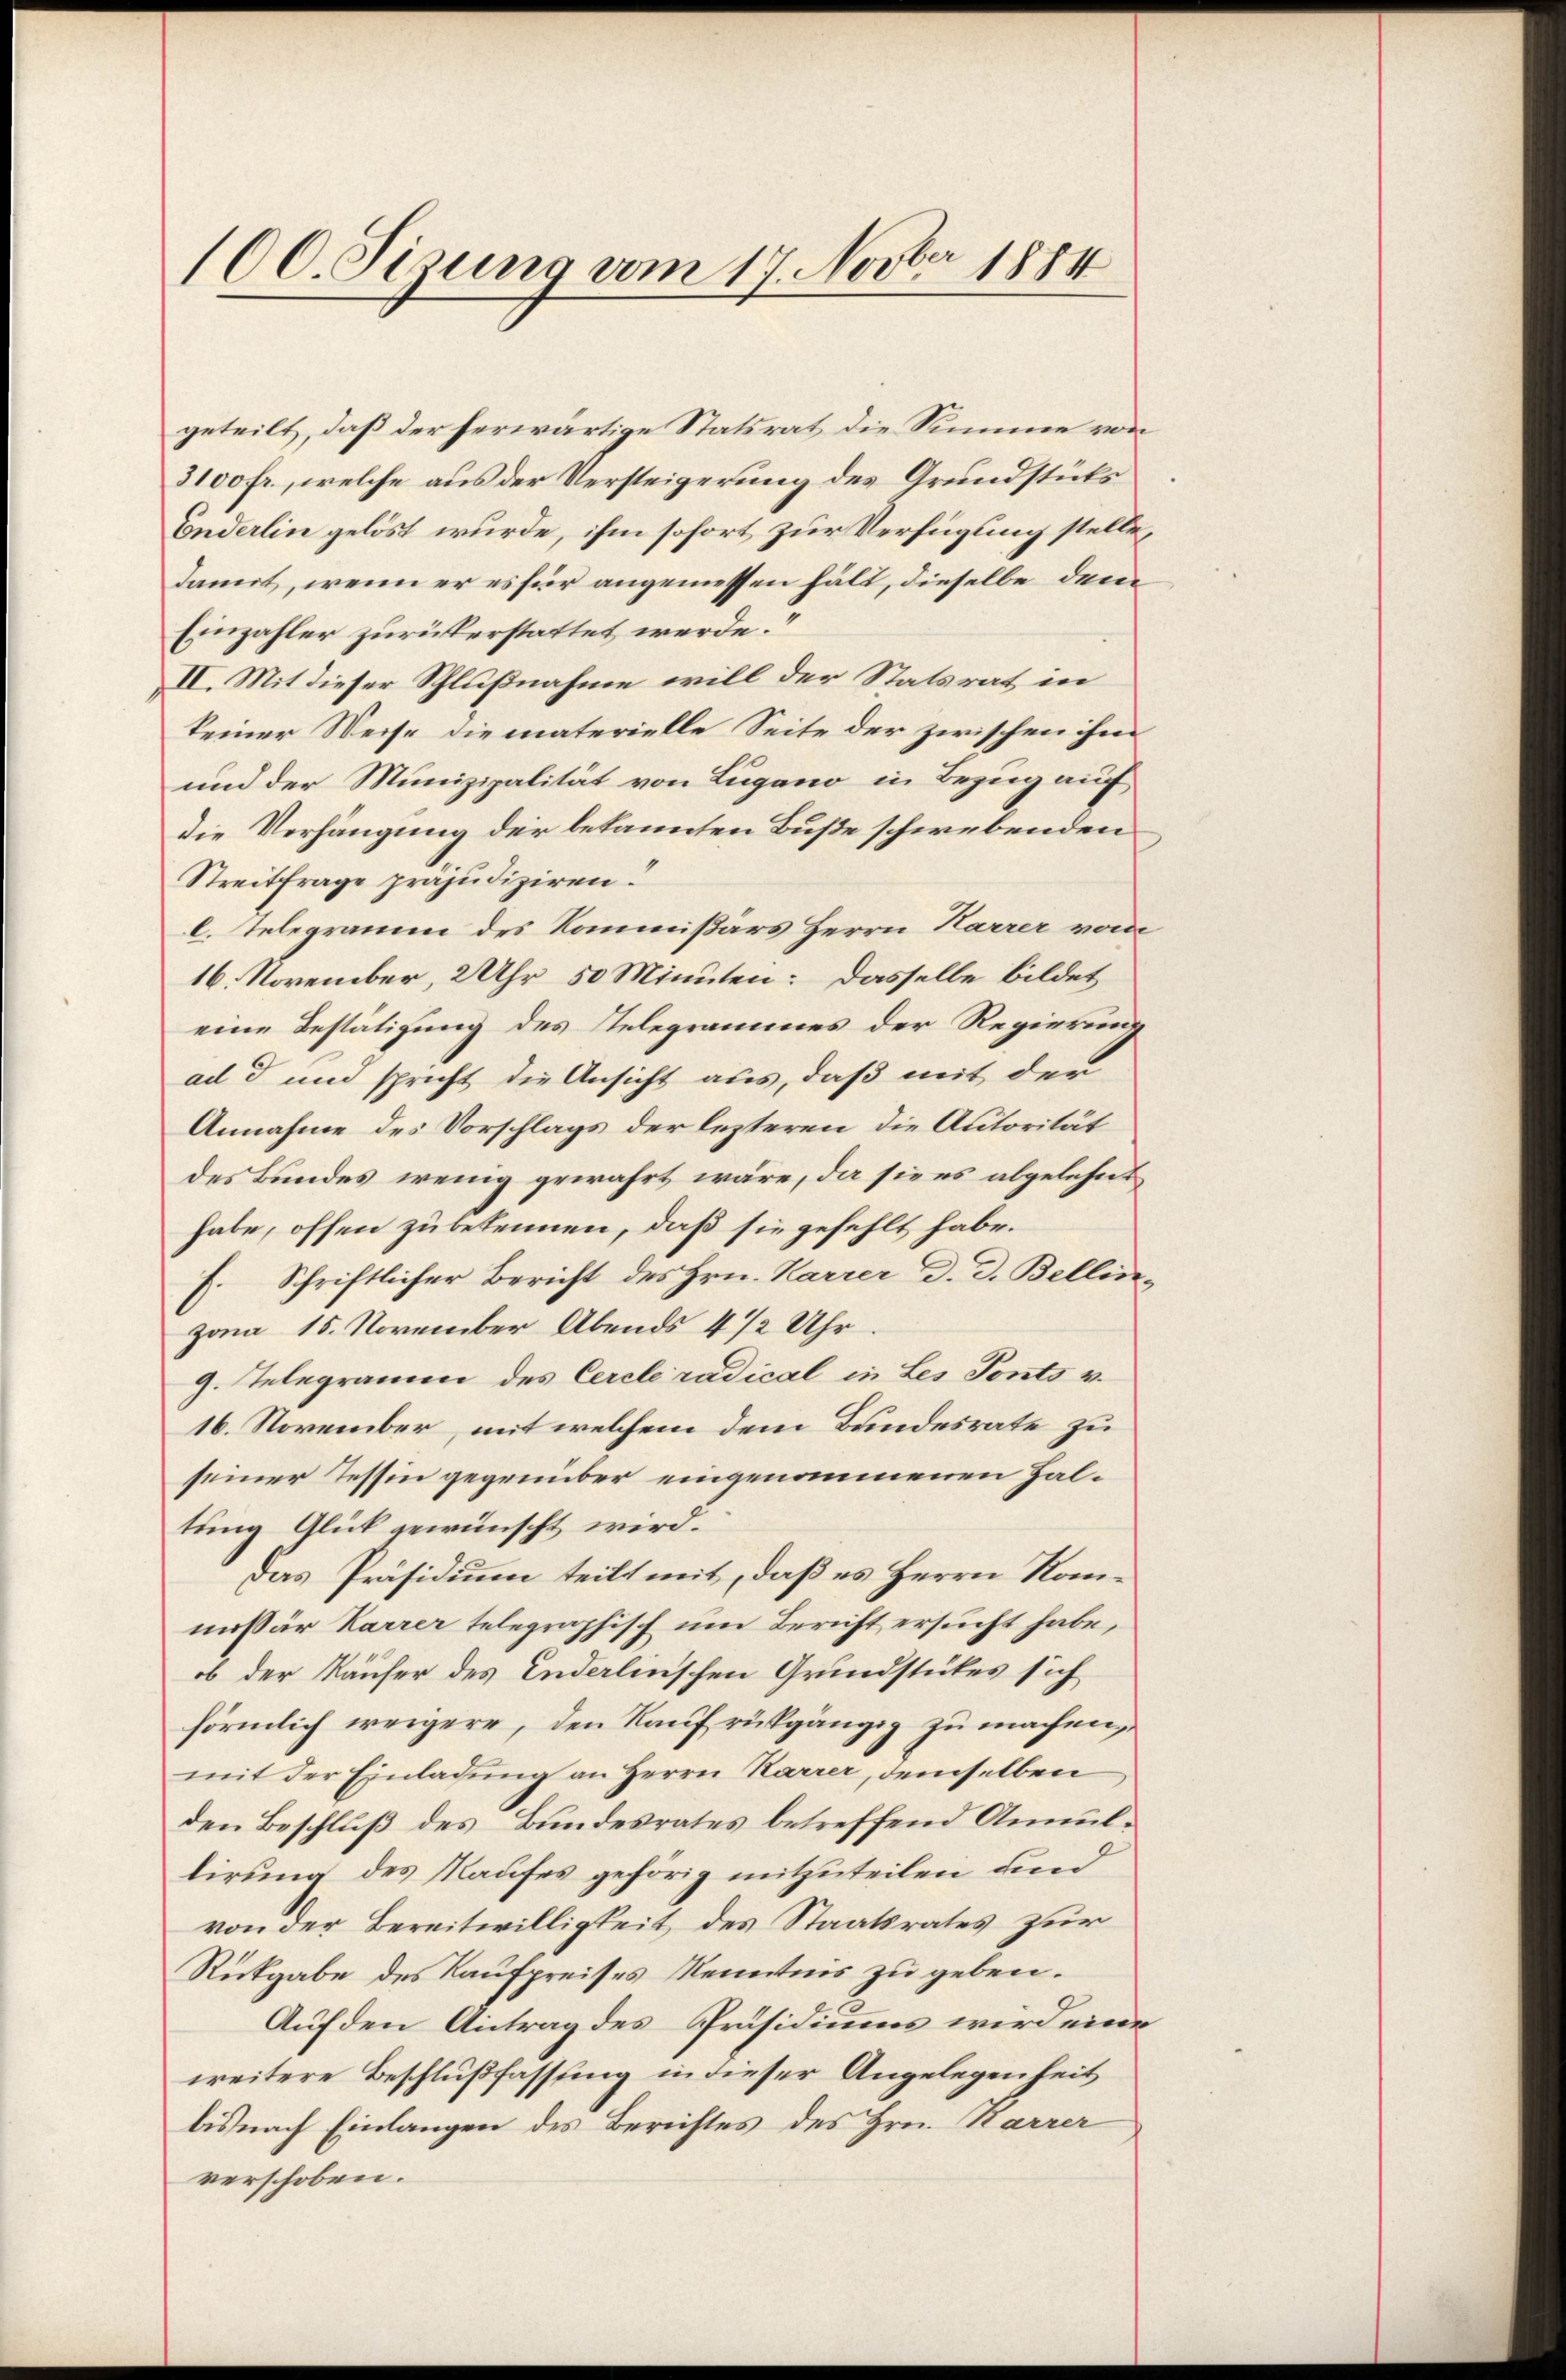
100. Sizung vom 17. Novber 1884

geteilt, daß der herwärtige Statsrat die Summe von
3100 fr., welche aus der Versteigerung des Grundstüks
Enderlin gelöst wurde, ihm sofort zur Verfügung stelle,
damit, wenn er es für angemessen hält, dieselbe dem
Einzahler zurückerstattet werde.“
II. Mit dieser Schlußnahme will der Statsrat in
keiner Weise die materielle Seite der zwischen ihm
und der Munizipalität von Lugano in Bezug auf
die Verhängung der bekannten Buße schwebenden
Streitfrage präjudiziren.
l. Telegramm des Kommißärs Herrn Karrer vom
16. November, 2 Uhr 50 Minuten: Dasselbe bildet
eine Bestätigung des Relegrammes der Regierung
ad d und spricht die Ansicht aus, daß mit der
Annahme des Vorschlags der lezteren die Autorität
des Bundes wenig gewährt wäre, da sie es abgelehnt
habe, offen zu bekennen, daß sie gefehlt habe.
f. Schriftlicher Bericht des Hrn. Karrer d. d. Bellinzona 15. November Abends 4 1/2 Uhr.
g. Telegramm des Cercleradical in Les Ponts v.
16. November, mit welchem dem Bundesrate zu
seiner Tessin gegenüber eingenommenen Haltung Glück gewünscht wird.
Das Präsidium teilt mit, daß es Herrn Rommissär Karrer telegraphisch um Bericht ersucht habe,
ob der Käufer des Enderlinschen Grundstückes sich
förmlich weigere, den Kauf rückgängig zu machen,
mit der Einladung an Herrn Karrer, demselben
den Beschluß des Bundesrates betreffend Annullirung des Kaufes gehörig mitzuteilen und
von der Bereitwilligkeit des Staatsrates zur
Rückgabe des Kaufpreises Kenntnis zu geben.
Auf den Antrag des Präsidiums wird eine
weitere Beschlußfassung in dieser Angelegenheit
bis nach Einlangen des Berichtes des Hrn. Karrer
verschoben.